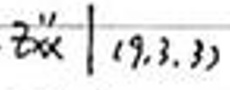
\(z^{\prime\prime}\mid(9,3,3)\)